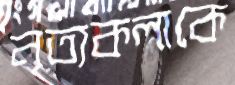
নৃত্যকলাকে